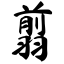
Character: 翦